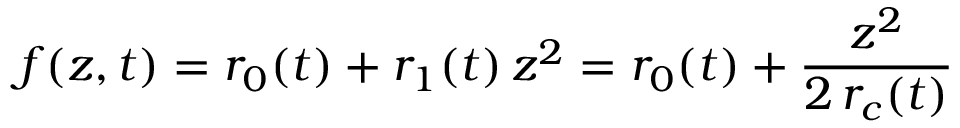
f ( z , t ) = r _ { 0 } ( t ) + r _ { 1 } ( t ) \, z ^ { 2 } = r _ { 0 } ( t ) + \frac { z ^ { 2 } } { 2 \, r _ { c } ( t ) }